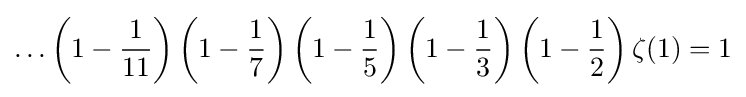
\ldots \left(1-{\frac {1}{11}}\right)\left(1-{\frac {1}{7}}\right)\left(1-{\frac {1}{5}}\right)\left(1-{\frac {1}{3}}\right)\left(1-{\frac {1}{2}}\right)\zeta (1)=1